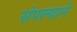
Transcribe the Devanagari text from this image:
संपल्‍याने